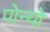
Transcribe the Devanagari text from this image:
पोन्यो